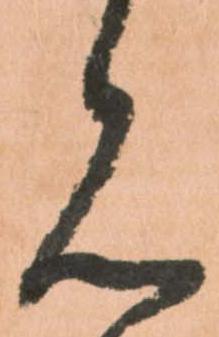
見